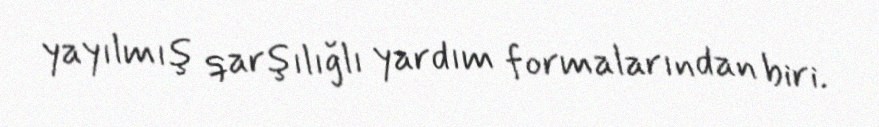
yayılmış qarşılığlı yardım formalarından biri.